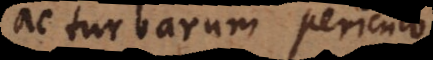
ac turbarum periculo